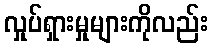
လှုပ်ရှားမှုများကိုလည်း